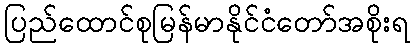
ပြည်ထောင်စုမြန်မာနိုင်ငံတော်အစိုးရ